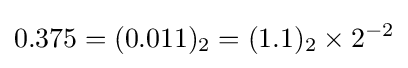
0.375={(0.011)_{2}}={(1.1)_{2}}\times 2^{-2}